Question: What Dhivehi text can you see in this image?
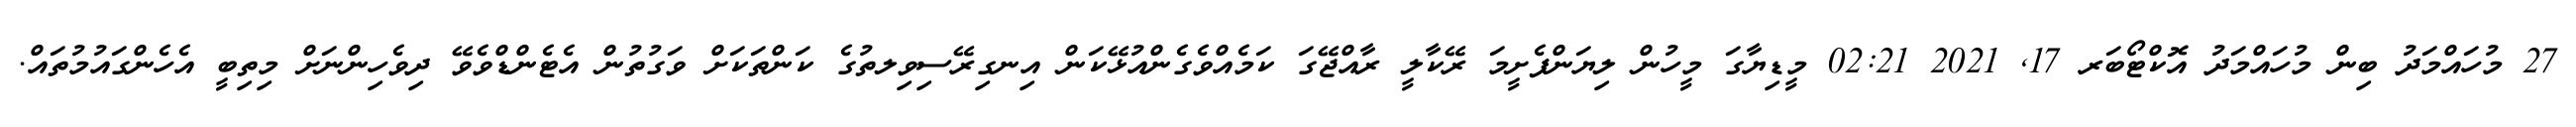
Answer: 27 މުހައްމަދު ބިން މުހައްމަދު އޮކްޓޯބަރ 17, 2021 02:21 މީޑިޔާގަ މީހުން ލިޔަންފެށީމަ ރޭކާލީ ރާއްޖޭގަ ކަމެއްވެގެންއުޅޭކަން އިނގިރޭސިވިލތުގެ ކަންތަކަށް ވަގުތުން އެޓެންޑްވެވޭ ދިވެހިންނަށް މިތިބީ އެހެންގައުމުތައް.